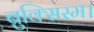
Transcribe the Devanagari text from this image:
ब्रुक्सिस्म।